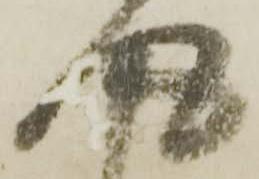
得